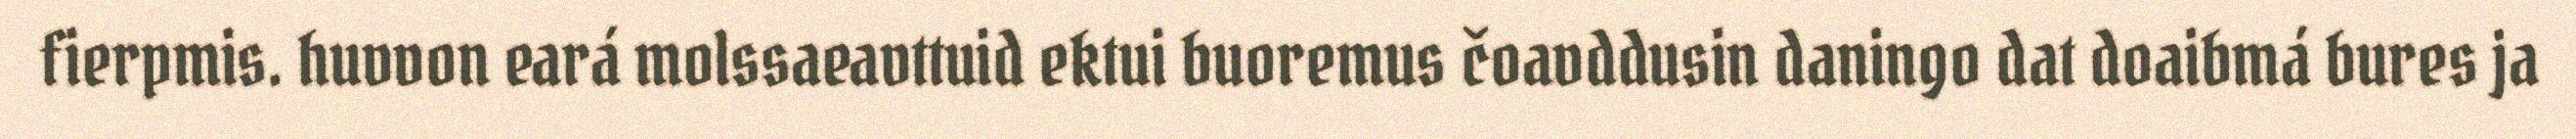
fierpmis. huvvon eará molssaeavttuid ektui buoremus čoavddusin daningo dat doaibmá bures ja